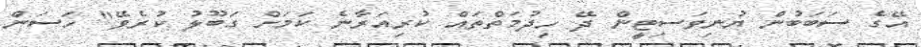
އޭގެ ސަބަބުން ޔުނިވަސިޓީން ދޭ ހިދުމަތްތައް ކުރިއަރާނެ ކަމަށް ގަބޫލު ކުރެވޭ" ހަސަން